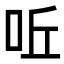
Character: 𠰋